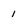
Character: 1